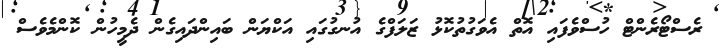
ރެސްޓޯރެންޓް ހުސްވެފައި އޮތް އެވަގުތުކޮޅު ޒަލަފްގެ އުނގުގައި އަކްޔަން ބައިންދައިގެން ދެމީހުން ކޮންމެވެސް